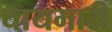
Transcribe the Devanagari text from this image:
घायमारी